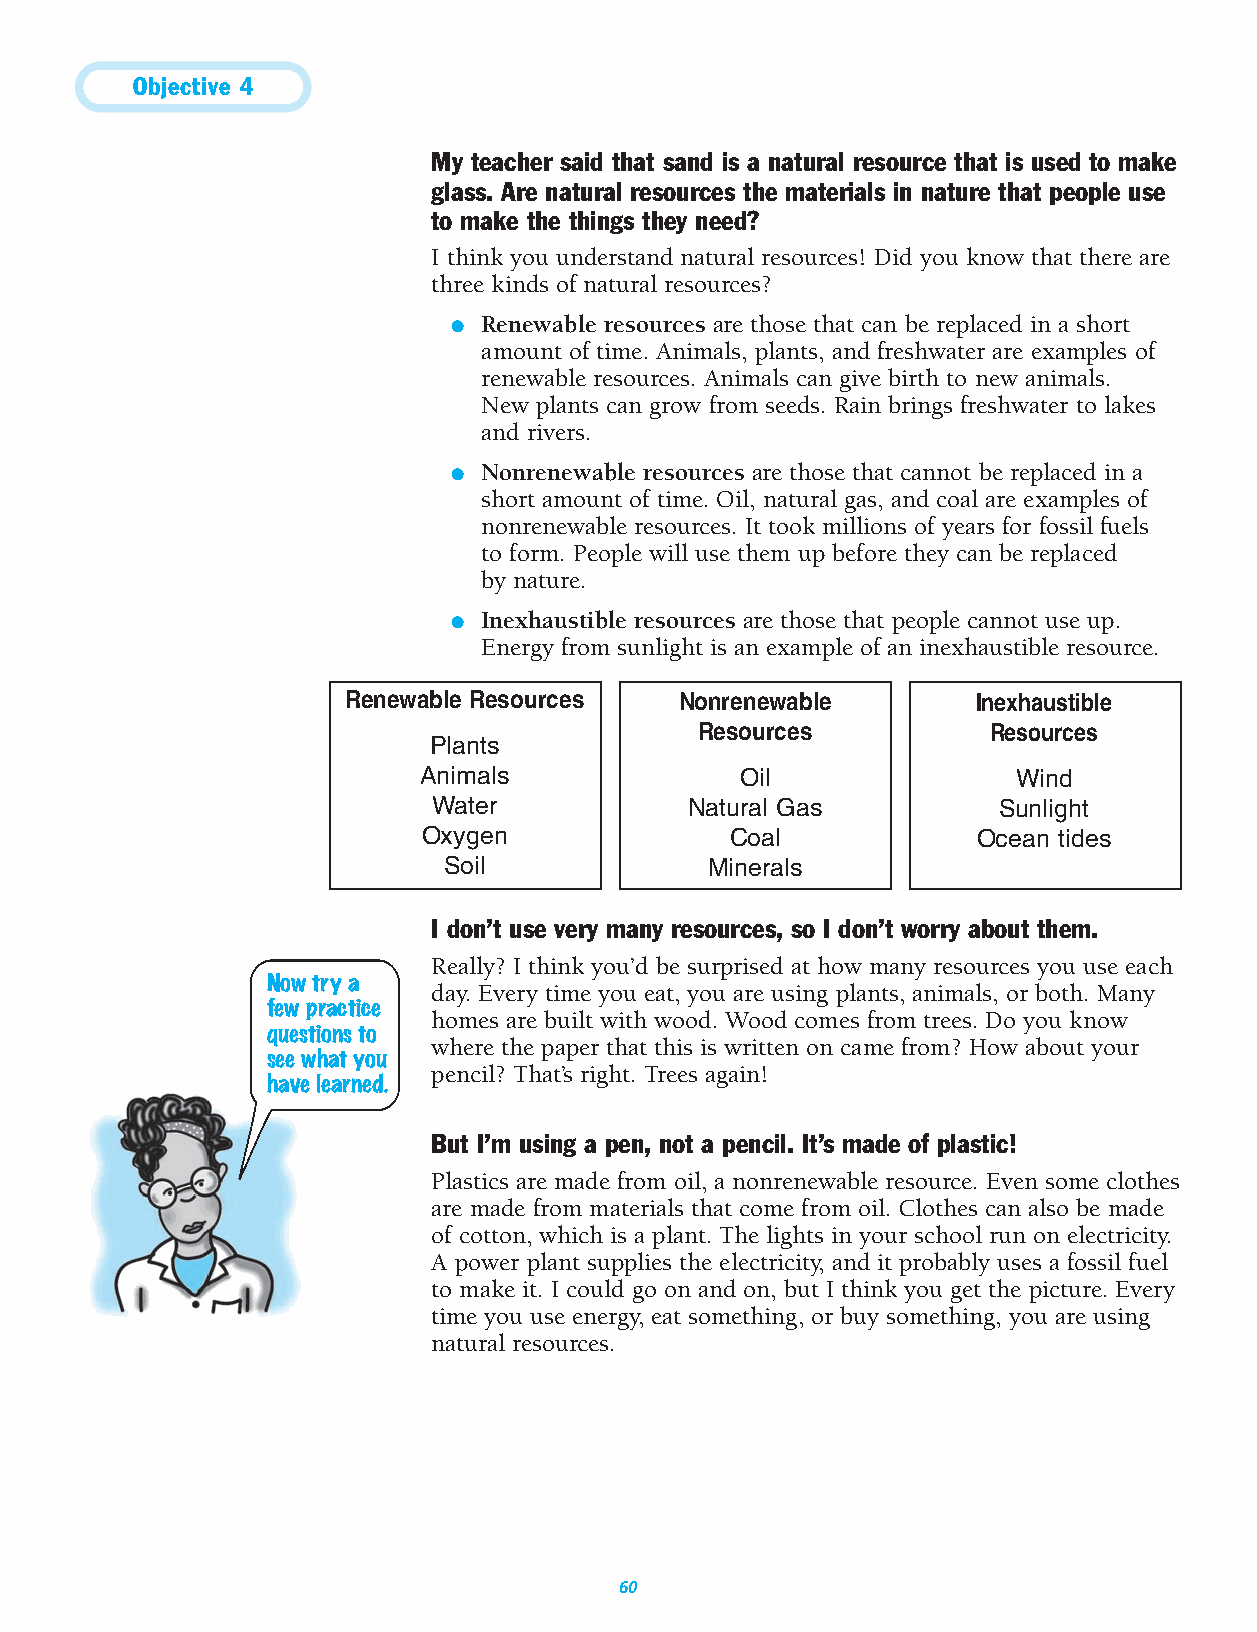
Objective 4
 My teacher said that sand is a natural resource that is used to make
 glass. Are natural resources the materials in nature that people use
 to make the things they need?
 I think you understand natural resources! Did you know that there are
 three kinds of natural resources?
 ● Renewable resources are those that can be replaced in a short
 amount of time. Animals, plants, and freshwater are examples of
 renewable resources. Animals can give birth to new animals.
 New plants can grow from seeds. Rain brings freshwater to lakes
 and rivers.
 ● Nonrenewable resources are those that cannot be replaced in a
 short amount of time. Oil, natural gas, and coal are examples of
 nonrenewable resources. It took millions of years for fossil fuels
 to form. People will use them up before they can be replaced
 by nature.
 ● Inexhaustible resources are those that people cannot use up.
 Energy from sunlight is an example of an inexhaustible resource.
 Renewable Resources    Nonrenewable       Inexhaustible
 Resources          Resources
 Plants
 Animals               Oil               Wind
 Water            Natural Gas          Sunlight
 Oxygen              Coal            Ocean tides
 Soil             Minerals
 I don’t use very many resources, so I don’t worry about them.
 Really? I think you’d be surprised at how many resources you use each
 Now try a
 day. Every time you eat, you are using plants, animals, or both. Many
 few practice
 homes are built with wood. Wood comes from trees. Do you know
 questions to
 where the paper that this is written on came from? How about your
 see what you
 pencil? That’s right. Trees again!
 have learned.
 But I’m using a pen, not a pencil. It’s made of plastic!
 Plastics are made from oil, a nonrenewable resource. Even some clothes
 are made from materials that come from oil. Clothes can also be made
 of cotton, which is a plant. The lights in your school run on electricity.
 A power plant supplies the electricity, and it probably uses a fossil fuel
 to make it. I could go on and on, but I think you get the picture. Every
 time you use energy, eat something, or buy something, you are using
 natural resources.
 60